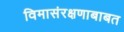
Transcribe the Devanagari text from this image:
विमासंरक्षणाबाबत